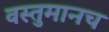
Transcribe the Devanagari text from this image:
वस्तुमानच